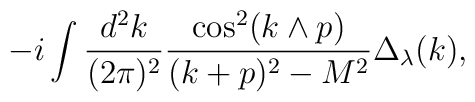
-i\int \frac{d^2 k}{(2\pi)^2} \frac{\cos^2 (k\wedge p)}{(k+p)^2-M^2}\Delta_\lambda(k),